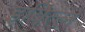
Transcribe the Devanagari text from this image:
इवित्ल